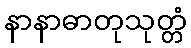
နာနာဓာတုသုတ္တံ